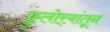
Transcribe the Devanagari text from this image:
फुलोर्‍यांतून